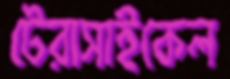
টেরাসাইকেল